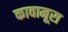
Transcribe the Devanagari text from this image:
कावामूरा